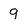
Character: g